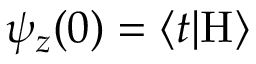
\psi _ { z } ( 0 ) = \langle t | \mathrm { H } \rangle